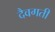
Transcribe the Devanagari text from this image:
दैवगती